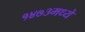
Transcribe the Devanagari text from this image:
१४७३मध्ये